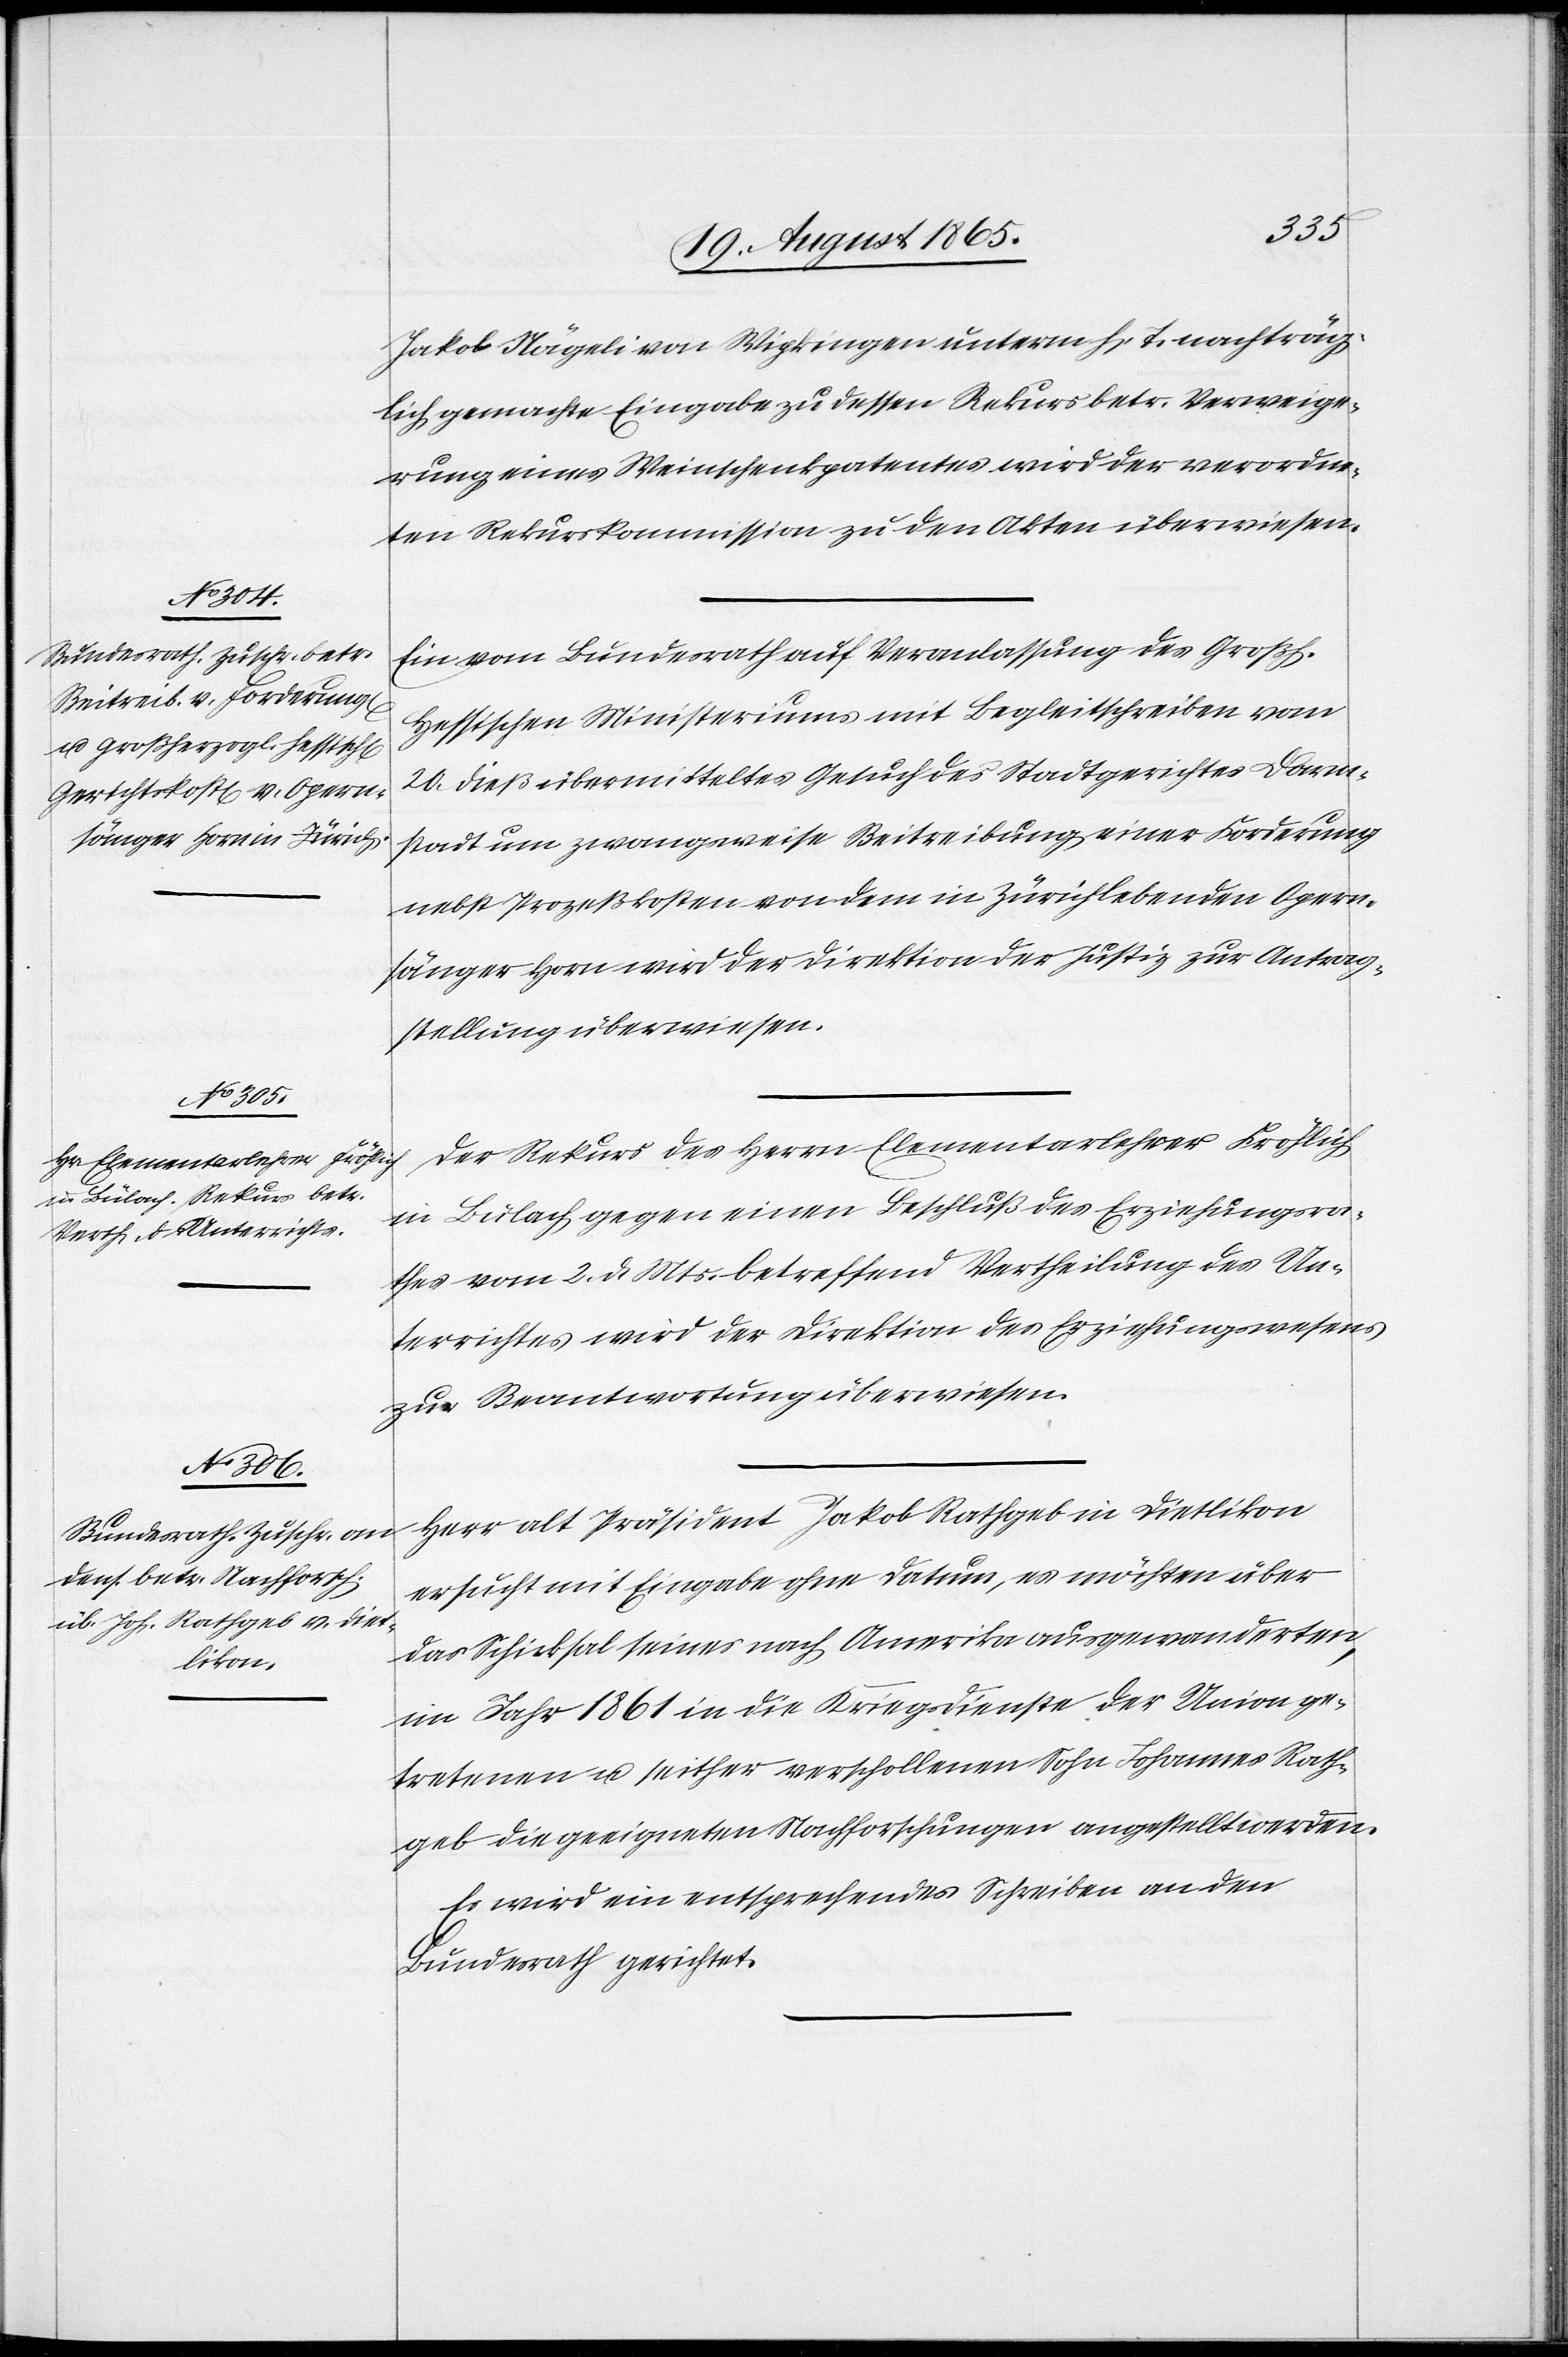
1865.]
Jakob Nägeli von Wipkingen unterm h. T. nachträg¬
lich gemachte Eingabe zu dessen Rekurs betr. Verweige¬
rung eines Weinschenkpatentes wird der verordne¬
ten Rekurskommission zu den Akten überwiesen.
August 1865.]
Ein vom Bundesrath auf Veranlassung des Großh.
Hessischen Ministeriums mit Begleitschreiben vom
20. dieß übermitteltes Gesuch des Stadtgerichtes Darm¬
stadt um zwangsweise Beitreibung [sic!] einer Forderung
nebst Prozeßkosten von dem in Zürich lebenden Opern¬
sänger Horn wird der Direktion der Justiz zur Antrag¬
stellung überwiesen.
1865.]
Der Rekurs des Herrn Elementarlehrer Fröhlich
in Bülach gegen einen Beschluß des Erziehungsra¬
thes vom 2. d. Mts. betreffend Vertheilung des Un¬
terrichtes wird der Direktion des Erziehungswesens
zur Beantwortung überwiesen.
Herr alt Präsident Jakob Rathgeb in Dietlikon
ersucht mit Eingabe ohne Datum, es möchten über
das Schicksal seines nach Amerika ausgewanderten,
im Jahr 1861 in die Kriegsdienste der Union ge¬
tretenen u. seither verschollenen Sohn Johannes Rath¬
geb die geeigneten Nachforschungen angestellt werden.
Es wird ein entsprechendes Schreiben an den
Bundesrath gerichtet.